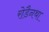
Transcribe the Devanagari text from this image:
रोडैनथा